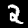
Digit: 2